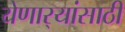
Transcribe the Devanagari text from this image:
येणार्‍यांसाठी